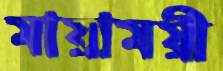
মায়াময়ী